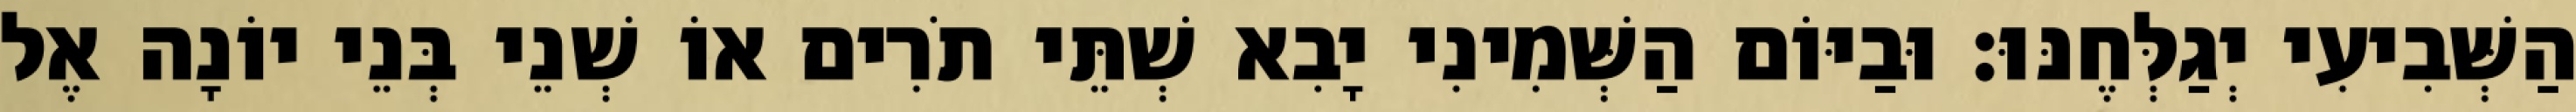
הַשְּׁבִיעִי יְגַלְּחֶנּוּ׃ וּבַיּוֹם הַשְּׁמִינִי יָבִא שְׁתֵּי תֹרִים אוֹ שְׁנֵי בְּנֵי יוֹנָה אֶל